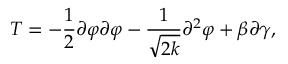
T = - \frac { 1 } { 2 } \partial \varphi \partial \varphi - \frac { 1 } { \sqrt { 2 k } } \partial ^ { 2 } \varphi + \beta \partial \gamma ,